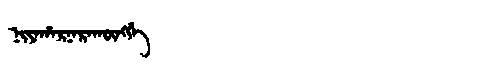
Manchu: ᠨᡳᠶᠠᡥᠠᡵᠨᠠᡵᠠᡴᡡᠩᡤᡝ
Romanization: NIYAHARNARAKŪNGGE